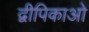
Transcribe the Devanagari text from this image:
द्वीपिकाओं